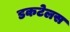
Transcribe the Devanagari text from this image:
डकटेलस